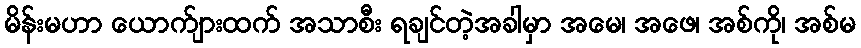
မိန်းမဟာ ယောက်ျားထက် အသာစီး ရချင်တဲ့အခါမှာ အမေ၊ အဖေ၊ အစ်ကို၊ အစ်မ